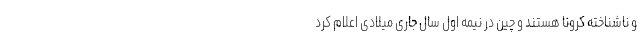
و ناشناخته کرونا هستند و چین در نیمه اول سال جاری میلادی اعلام کرد